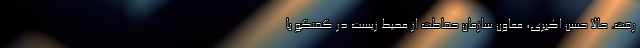
رفت. حالا حسن اکبری، معاون سازمان حفاظت از محیط زیست در گفتگو با